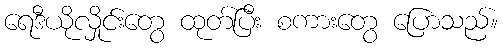
ရေဒီယိုလှိုင်းတွေ ထုတ်ပြီး စကားတွေ ပြောသည်။